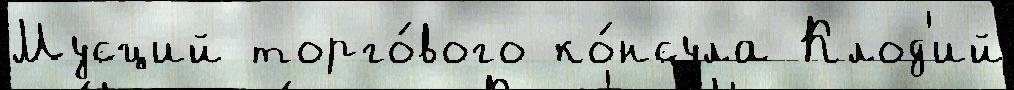
Мусций торго́вого ко́нсула Клод'ий